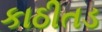
કાઠીતડ